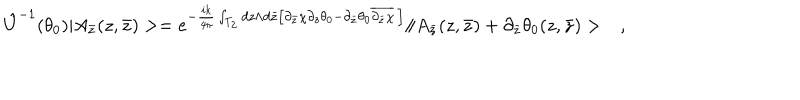
LaTeX: \hat { U } ^ { - 1 } ( \theta _ { 0 } ) | A _ { \bar { z } } ( z , \bar { z } ) > = e ^ { - \frac { i k } { 4 \pi } \int _ { T _ { 2 } } d z \wedge d \bar { z } \left[ \partial _ { \bar { z } } \chi \partial _ { z } \theta _ { 0 } - \partial _ { \bar { z } } \theta _ { 0 } \overline { { { \partial _ { \bar { z } } \chi } } } \, \right] } \| A _ { \bar { z } } ( z , \bar { z } ) + \partial _ { \bar { z } } \theta _ { 0 } ( z , \bar { z } ) > \ \ \ ,